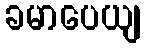
ခမာပေယျ